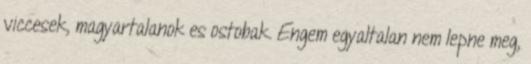
viccesek, magyartalanok es ostobak. Engem egyaltalan nem lepne meg,